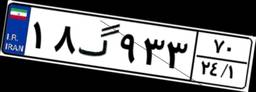
۱۸گ۹۳۳۷۰